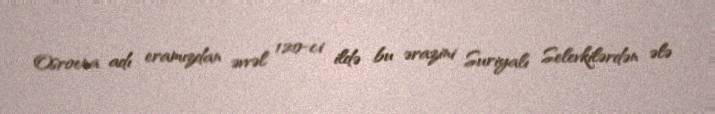
Osroena adı eramızdan əvvəl 120-ci ildə bu ərazini Suriyalı Selevkilərdən ələ